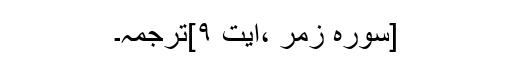
[سورہ زمر ،آیت ۹]ترجمہ۔